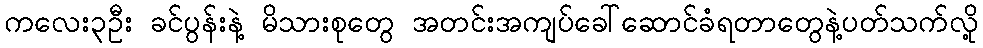
ကလေး၃ဦး ခင်ပွန်းနဲ့ မိသားစုတွေ အတင်းအကျပ်ခေါ်ဆောင်ခံရတာတွေနဲ့ပတ်သက်လို့